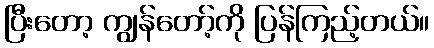
ပြီးတော့ ကျွန်တော့်ကို ပြန်ကြည့်တယ်။